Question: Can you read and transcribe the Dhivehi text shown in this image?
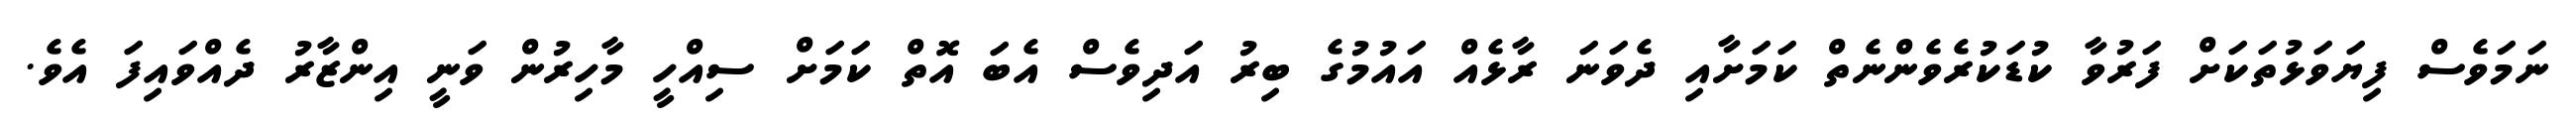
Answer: ނަމަވެސް ފިޔަވަޅުތަކަށް ފަރުވާ ކުޑަކުރެވެންނެތް ކަމަށާއި ދެވަނަ ރާޅެއް އައުމުގެ ބިރު އަދިވެސް އެބަ އޮތް ކަމަށް ސިއްހީ މާހިރުން ވަނީ އިންޒާރު ދެއްވައިފަ އެވެ.